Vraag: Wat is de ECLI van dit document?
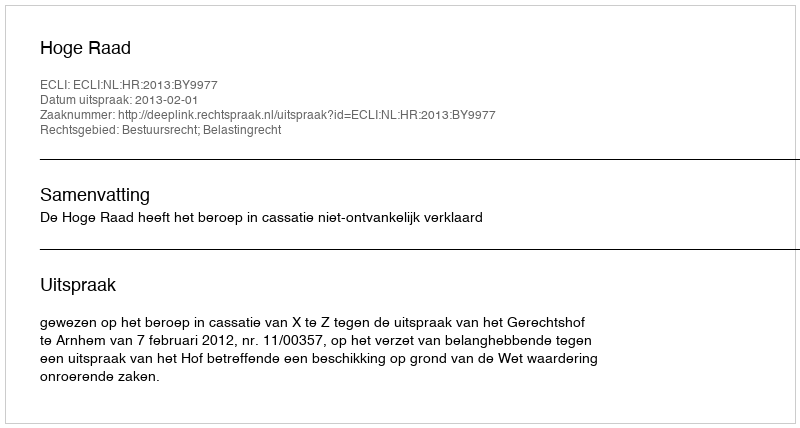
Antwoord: ECLI:NL:HR:2013:BY9977